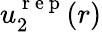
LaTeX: u_{2}^{{\mathrm{~r~e~p~}}}(r)